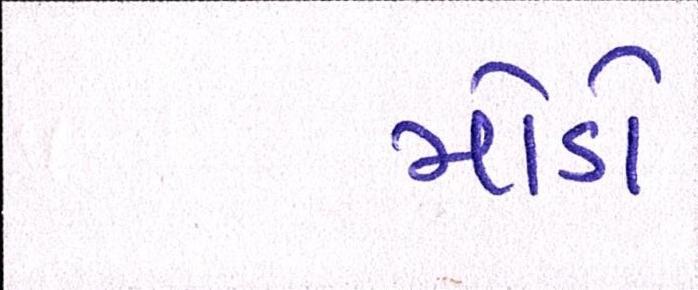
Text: મોડો